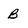
Character: B